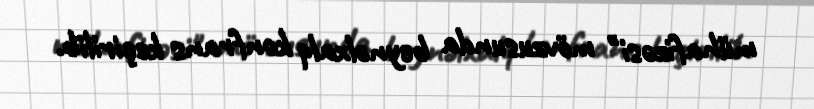
mühafizəsi" mövzusunda beynəlxalq konfrans keçirilib.